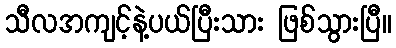
သီလအကျင့်နဲ့ပယ်ပြီးသား ဖြစ်သွားပြီ။